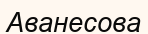
Аванесова